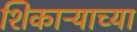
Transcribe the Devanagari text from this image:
शिकाऱ्याच्या